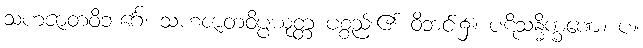
သဟဇာတဝိဘင်္ဂေ၊ သဟဇာတဝိပ္ပယုတ္တ ပစ္စည်း၏ ဝိဘင်း၌။ ပဋိသန္ဓိက္ခဏေ။ ပ။